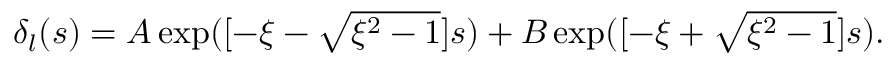
\begin{array} { r } { \delta _ { l } ( s ) = A \exp ( [ - \xi - \sqrt { \xi ^ { 2 } - 1 } ] s ) + B \exp ( [ - \xi + \sqrt { \xi ^ { 2 } - 1 } ] s ) . } \end{array}